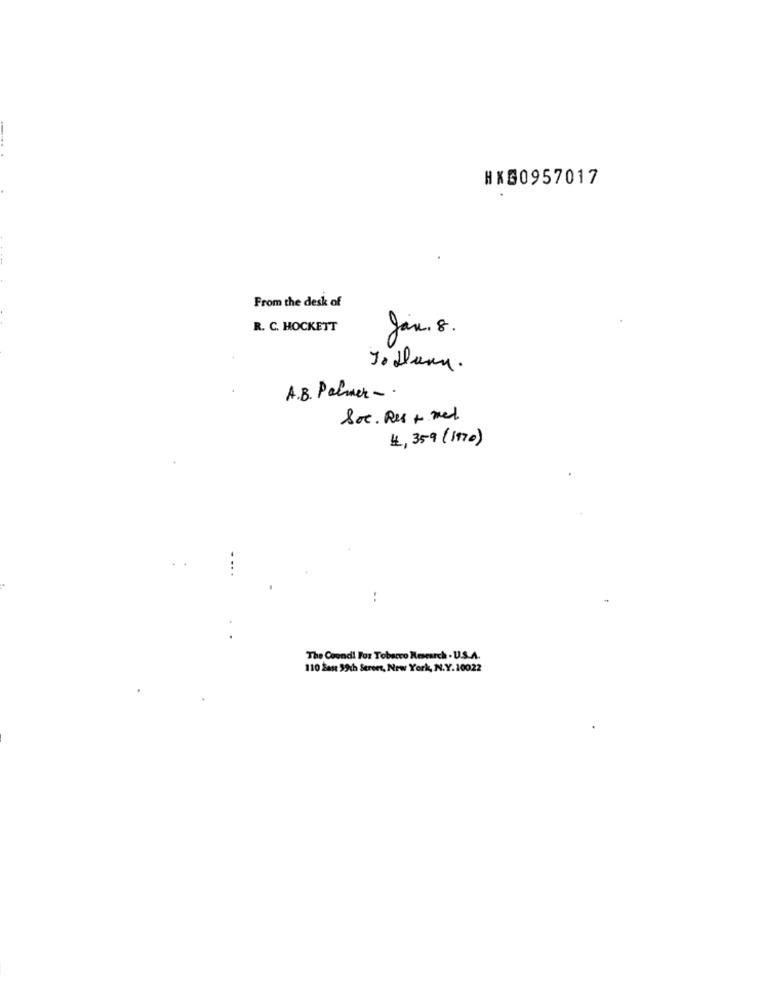
HX50957017
From the desk of
R. C. HOCKETT
Jan. 8.
Johann.
A.B. Palmer -.
Soc. Res + med
1, 359 (1970)
The Cound! For Tobacco Research . U.S.A.
110 Zast 59th Street, New York, N.Y. 10022